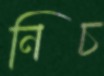
নিচ